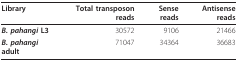
<table><thead><tr><td><b>Library</b></td><td><b>Total transposon reads</b></td><td><b>Sense reads</b></td><td><b>Antisense reads</b></td></tr></thead><tbody><tr><td><b><i>B. pahangi </i>L3</b></td><td>30572</td><td>9106</td><td>21466</td></tr><tr><td><b><i>B. pahangi </i>adult</b></td><td>71047</td><td>34364</td><td>36683</td></tr></tbody></table>